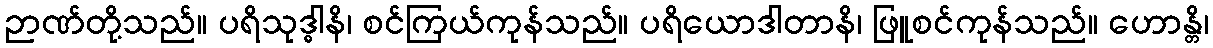
ဉာဏ်တို့သည်။ ပရိသုဒ္ဓါနိ၊ စင်ကြယ်ကုန်သည်။ ပရိယောဒါတာနိ၊ ဖြူစင်ကုန်သည်။ ဟောန္တိ၊